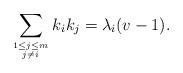
LaTeX: \begin{align*}\sum_{1\leq j\leq m\atop j\neq i}k_ik_j=\lambda_i (v-1).\end{align*}